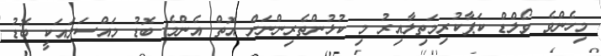
މިހެންވެ ވޯލްޑް ކަޕާކުރިމަތިލާއިރު މި ކުޅުންތެރިންނަށް އޮތް އެންމެ ބޮޑު މައްސަލައަކީ ބޮޑު